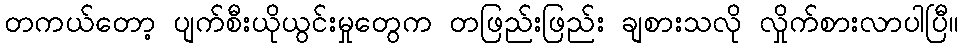
တကယ်တော့ ပျက်စီးယိုယွင်းမှုတွေက တဖြည်းဖြည်း ချစားသလို လှိုက်စားလာပါပြီ။